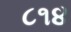
૮૧૪